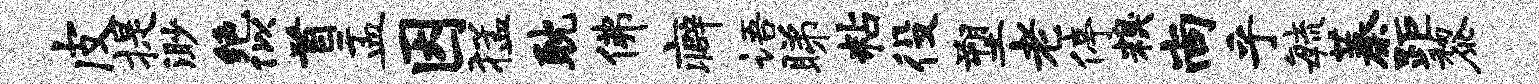
皮提渺绝似首盂因猛耽佛癖语睇粘役塑老停糗尚乎敏蓁距黎